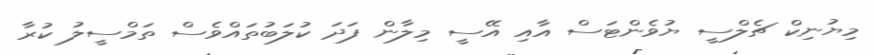
މިޔުނިކް ޗެލްސީ ޔުވެންޓަސް އާއި އޭސީ މިލާން ފަދަ ކުލަބުތައްވެސް ތަމްސީލު ކުރާ